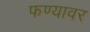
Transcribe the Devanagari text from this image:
फण्यावर